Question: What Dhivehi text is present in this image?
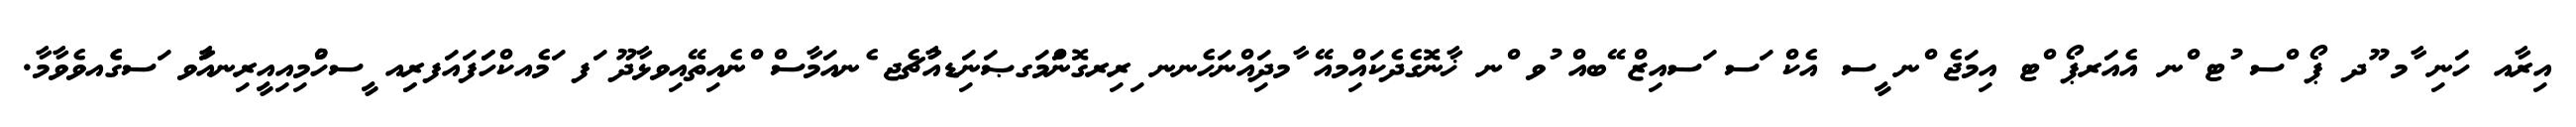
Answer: އިރާއ ހަނި ާމ ޫދ ޕޯ ްސ ުޓ ްނ އެއަރޕޯ ްޓ އިމަޖެ ްނ ީސ އެކް ަސ ަސއިޒް ޭބއް ުވ ްނ ޚާނޮގެދެކައްިމއޭ ާމދަިއްނަހެނނ ިރިރގޮންަމަގޞަނިަޑއާުޗެޖ ެނއަމާސް ްނެއިތޭއިވޅާދޫ ަފ ަމެއކްހަަފައަފރިިއ ީސހުްމިއިއީރިނއާަވ ަސގެެއވެވާމާ.